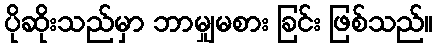
ပိုဆိုးသည်မှာ ဘာမျှမစား ခြင်း ဖြစ်သည်။